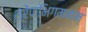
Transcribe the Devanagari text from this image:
श्रेणभिगमनम्